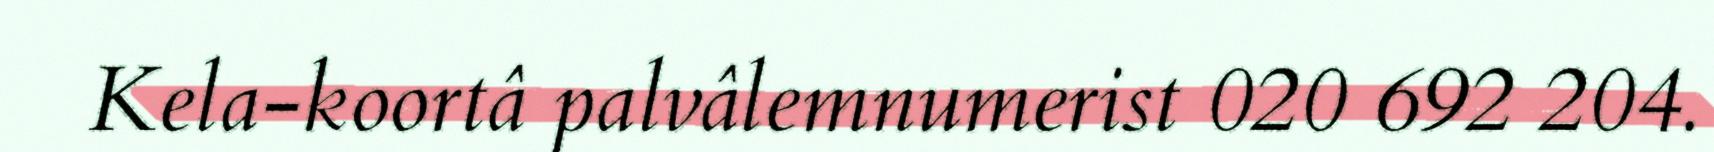
Kela-koortâ palvâlemnumerist 020 692 204.